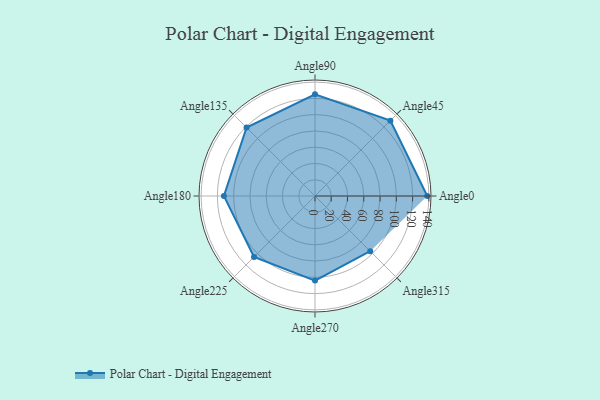
{"axis": {"x": "Angle", "y": "Radius"}, "legend": [""], "data": [{"x": "Angle0", "y": 138.0, "type": ""}, {"x": "Angle45", "y": 131.0, "type": ""}, {"x": "Angle90", "y": 125.0, "type": ""}, {"x": "Angle135", "y": 119.0, "type": ""}, {"x": "Angle180", "y": 112.0, "type": ""}, {"x": "Angle225", "y": 106.0, "type": ""}, {"x": "Angle270", "y": 104.0, "type": ""}, {"x": "Angle315", "y": 96.0, "type": ""}]}